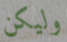
وليكن